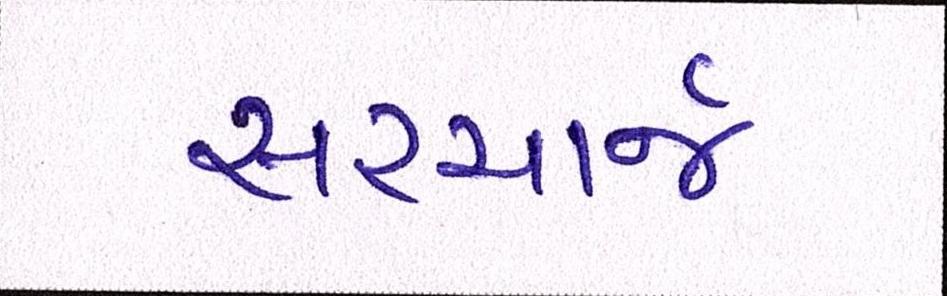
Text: સરચાર્જ